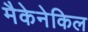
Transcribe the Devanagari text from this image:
मैकेनेकिल